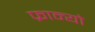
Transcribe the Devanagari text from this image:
फ्रान्यो